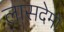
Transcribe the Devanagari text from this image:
लासदेमों